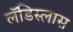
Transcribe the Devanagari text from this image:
लॅडिस्लास